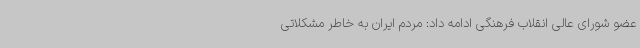
عضو شورای عالی انقلاب فرهنگی ادامه داد: مردم ایران به خاطر مشکلاتی